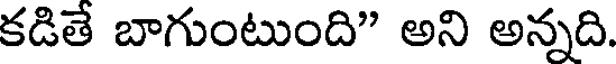
కడితే బాగుంటుంది" అని అన్నది.